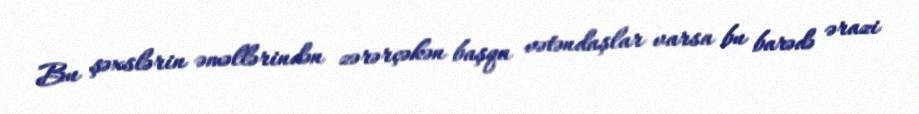
Bu şəxslərin əməllərindən zərərçəkən başqa vətəndaşlar varsa bu barədə ərazi